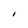
Character: I